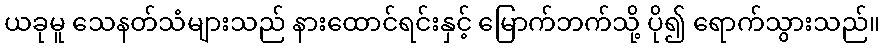
ယခုမူ သေနတ်သံများသည် နားထောင်ရင်းနှင့် မြောက်ဘက်သို့ ပို၍ ရောက်သွားသည်။